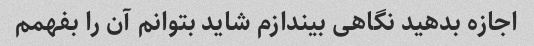
اجازه بدهید نگاهی بیندازم شاید بتوانم آن را بفهمم